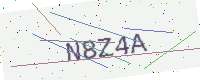
Text: N8Z4A